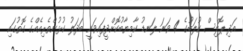
އަދި ޕޮލިސް ކުލަބުގެ 4 ވަނަ ލަނޑު ކާމިޔާބުކޮށްދީފައިވަނީ ބަދަލު ކުޅުންތެރިއެއްގެ ގޮތުގައި